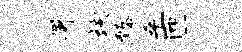
署垓臻乎匝